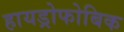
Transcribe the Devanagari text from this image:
हायड्रोफोबिक